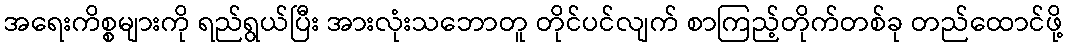
အရေးကိစ္စများကို ရည်ရွယ်ပြီး အားလုံးသဘောတူ တိုင်ပင်လျက် စာကြည့်တိုက်တစ်ခု တည်ထောင်ဖို့